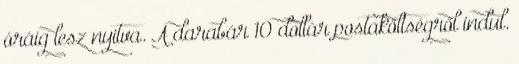
óráig lesz nyitva. A darabár 10 dollár postaköltségről indul.